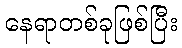
နေရာတစ်ခုဖြစ်ပြီး